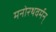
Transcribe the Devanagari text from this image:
मनोरथवर्मन्